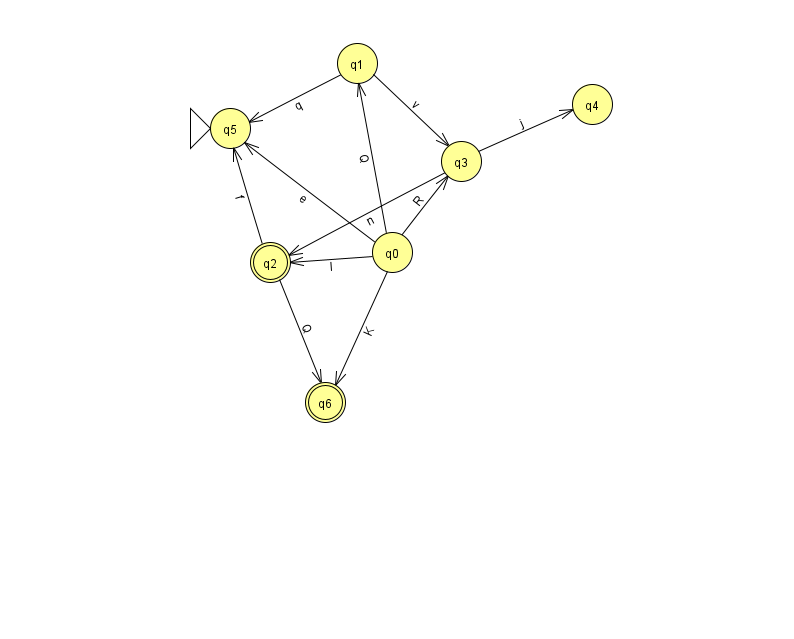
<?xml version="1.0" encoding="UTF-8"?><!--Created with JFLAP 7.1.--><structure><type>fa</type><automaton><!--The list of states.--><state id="0" name="q0"><x>392.0</x><y>239.0</y></state><state id="1" name="q1"><x>357.0</x><y>50.0</y></state><state id="2" name="q2"><x>270.0</x><y>249.0</y><final/></state><state id="3" name="q3"><x>461.0</x><y>148.0</y></state><state id="4" name="q4"><x>592.0</x><y>91.0</y></state><state id="5" name="q5"><x>230.0</x><y>115.0</y><initial/></state><state id="6" name="q6"><x>325.0</x><y>389.0</y><final/></state><!--The list of transitions.--><transition><from>3</from><to>4</to><read>j</read></transition><transition><from>2</from><to>5</to><read>f</read></transition><transition><from>0</from><to>1</to><read>Q</read></transition><transition><from>0</from><to>2</to><read>l</read></transition><transition><from>2</from><to>6</to><read>Q</read></transition><transition><from>0</from><to>6</to><read>K</read></transition><transition><from>0</from><to>3</to><read>R</read></transition><transition><from>1</from><to>3</to><read>v</read></transition><transition><from>3</from><to>2</to><read>n</read></transition><transition><from>0</from><to>5</to><read>e</read></transition><transition><from>1</from><to>5</to><read>q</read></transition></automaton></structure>